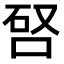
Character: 唘